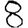
Digit: 8